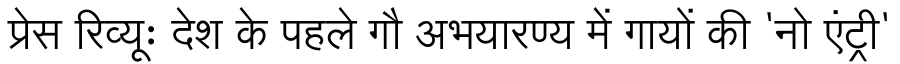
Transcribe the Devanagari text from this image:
प्रेस रिव्यूः देश के पहले गौ अभयारण्य में गायों की 'नो एंट्री'